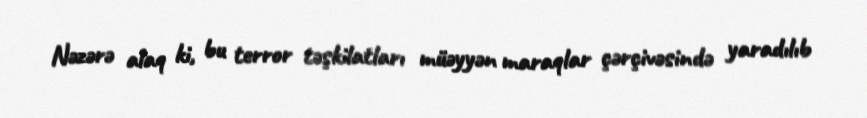
Nəzərə alaq ki, bu terror təşkilatları müəyyən maraqlar çərçivəsində yaradılıb